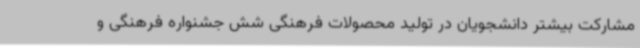
مشارکت بیشتر دانشجویان در تولید محصولات فرهنگی شش جشنواره فرهنگی و